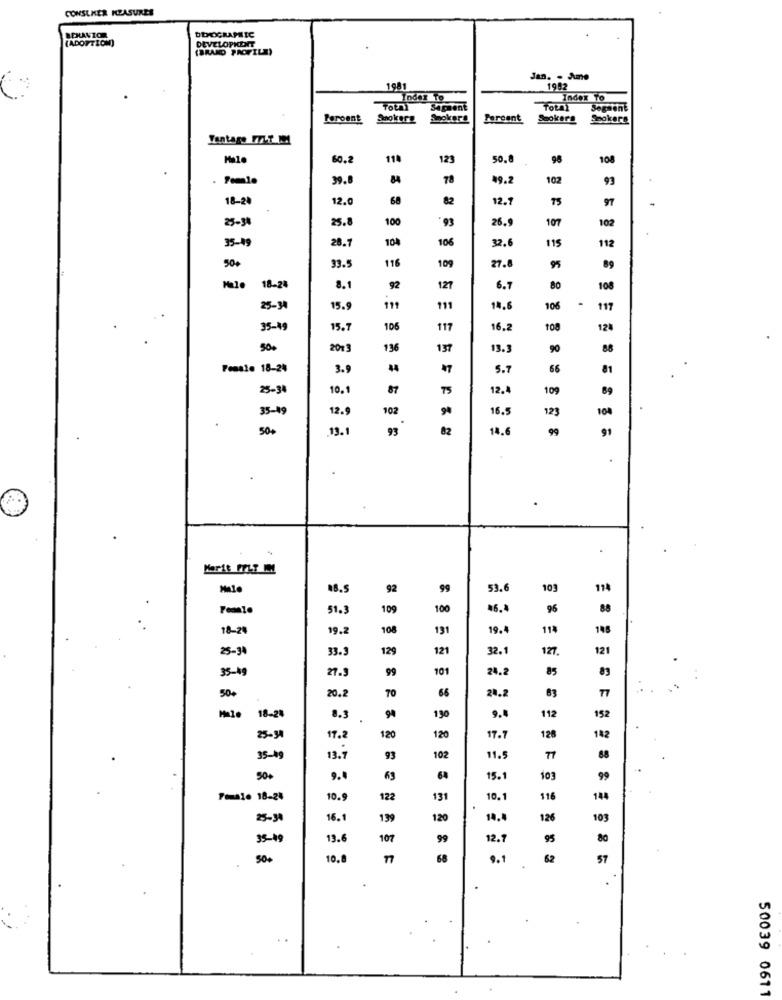
CONSUMER MEASURES
(ADOPTION)
DEVELOPKORT
DEMOGRAPHIC
(BRAND PROFILE)
Jan. . Ame
1981
1982
Index To
Index To
Sapsent
Segment
Peroent
Spokera
Smokers
Percent
Smokers
Smokers
Vantage FELT MM
60.
114
123
50.8
98
108
Female
39.8
84
78
19.2
102
93
18-2
12.0
68
82
12.1
75
97
25-38
25.8
100
93
26.9
107
102
35-19
28.7
104
106
32.6
115
112
116
27.8
50+
93.
109
95
89
18-2
8.1
92
127
6.7
80
108
25-34
15.9
111
111
106
117
35-49
15.7
106
117
16.2
108
124
500
2013
136
137
13.3
90
88
Fossle 18-24
3.9
44
17
5.7
66
25-34
10.1
87
TS
12.
109
89
35-19
12.9
102
16.5
123
100
50+
13.
93
82
14.6
99
91
.
Korit FELT IM
48.5
92
99
53.6
103
114
51.
109
100
46.
96
18-24
19.
108
191
19.
114
148
25-34
33.
129
121
32.1
127.
121
35-49
21.
99
101
24.2
85
70
66
83
77
50+
20.2
20.2
Male
18-24
94
130
9.4
112
152
128
25-34
17.2
120
120
17.7
182
13.1
35-19
93
102
11.5
77
88
50+
9.4
63
60
15.1
103
99
Fousle 18-24
10.9
122
131
10.1
116
144
25-31
16.1
199
120
14.4
126
103
35-49
13.6
107
99
12.
95
80
10.1
62
57
50039 0611